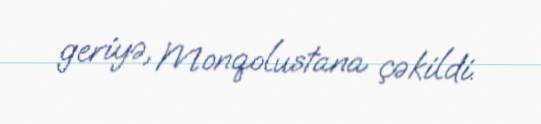
geriyə, Monqolustana çəkildi.